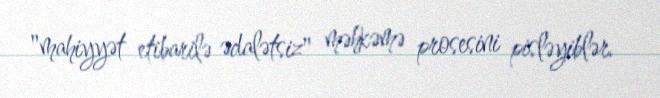
"mahiyyət etibarilə ədalətsiz" məhkəmə prosesini pisləyiblər.